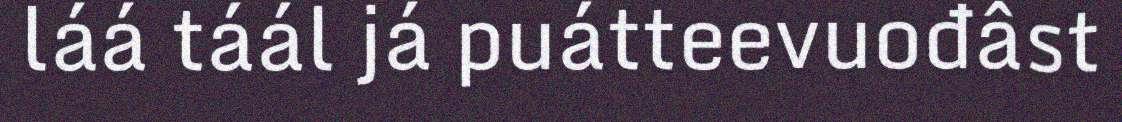
láá táál já puátteevuođâst